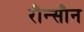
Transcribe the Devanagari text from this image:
रौन्सौन